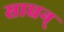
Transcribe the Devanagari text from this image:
साधन्